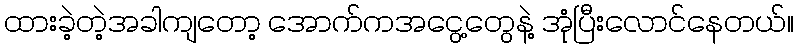
ထားခဲ့တဲ့အခါကျတော့ အောက်ကအငွေ့တွေနဲ့ အုံပြီးလောင်နေတယ်။